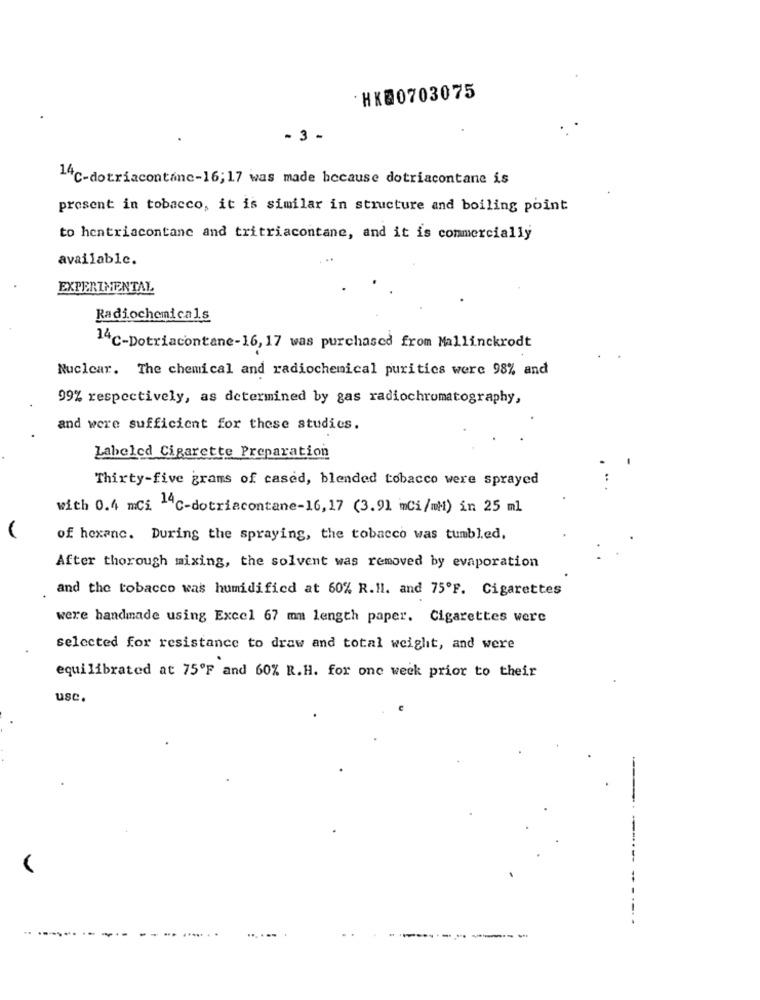
· HK80703075
- 3 -
14℃-dotriacontinc-16;17 was made because dotriacontane is
present in tobacco, it is similar in structure and boiling point
to hentriacontane and tritriacontane, and it is commercially
available.
EXPERIMENTAL
Radiochemicals
14 C-Dotriacontane-16, 17 was purchased from Mallinckrodt
Nuclear. The chemical and radiochemical purities were 98% and
99% respectively, as determined by gas radiochromatography,
and were sufficient for these studies.
Labeled Cigarette Preparation
Thirty-five grams of cased, blended tobacco were sprayed
with 0.4 mCi -4℃-dotriacontane-16,17 (3.91 Ci/mM) in 25 ml
of hexanc. During the spraying, the tobacco was tumbled,
After thorough mixing, the solvent was removed by evaporation
and the tobacco was humidified at 60% R.Hl. and 75ºF. Cigarettes
were handmade using Excel 67 mm length paper. Cigarettes were
selected for resistance to draw and total weight, and were
equilibrated at 75ºF and 60% R.H. for one week prior to their
usc.
--
----.
-